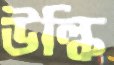
উল্কি